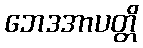
ဘေဒအာပတ္တိ